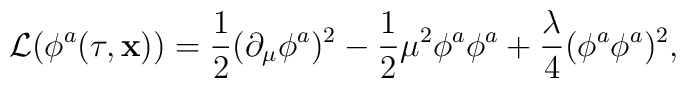
{\cal L}(\phi^{a}(\tau,{\bf x}))=\frac{1}{2}(\partial_{\mu}\phi^{a})^{2}-\frac{1}{2}\mu^{2}\phi^{a}\phi^{a}+\frac{\lambda}{4}(\phi^{a}\phi^{a})^{2},